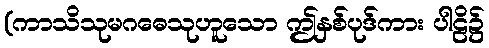
(ကာသိသုမဂဓေသုဟူသော ဤနှစ်ပုဒ်ကား ပါဠိ၌